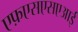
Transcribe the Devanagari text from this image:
एफ़एसएसएआई